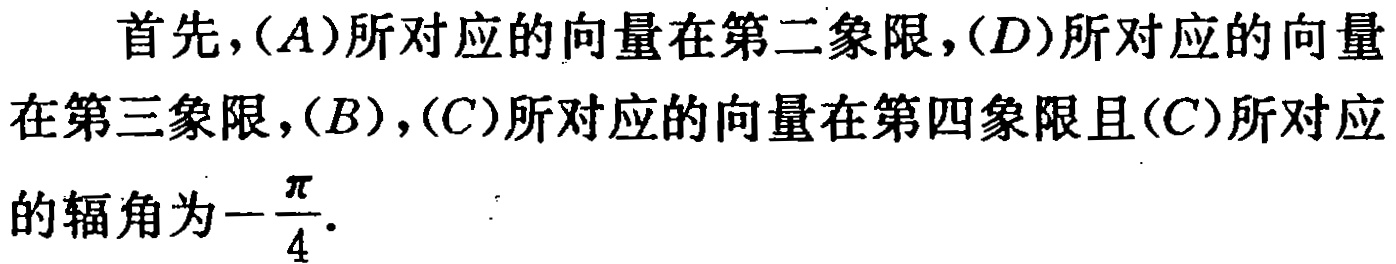
首先，\((A)\)所对应的向量在第二象限，\((D)\)所对应的向量在第三象限，\((B)\)，\((C)\)所对应的向量在第四象限且\((C)\)所对应的辐角为\(-\frac{\pi}{4}\).